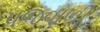
પજવાળી